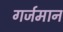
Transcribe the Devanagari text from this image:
गर्जमान